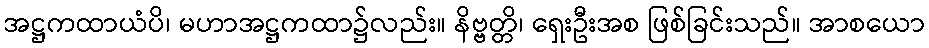
အဋ္ဌကထာယံပိ၊ မဟာအဋ္ဌကထာ၌လည်း။ နိဗ္ဗတ္တိ၊ ရှေးဦးအစ ဖြစ်ခြင်းသည်။ အာစယော